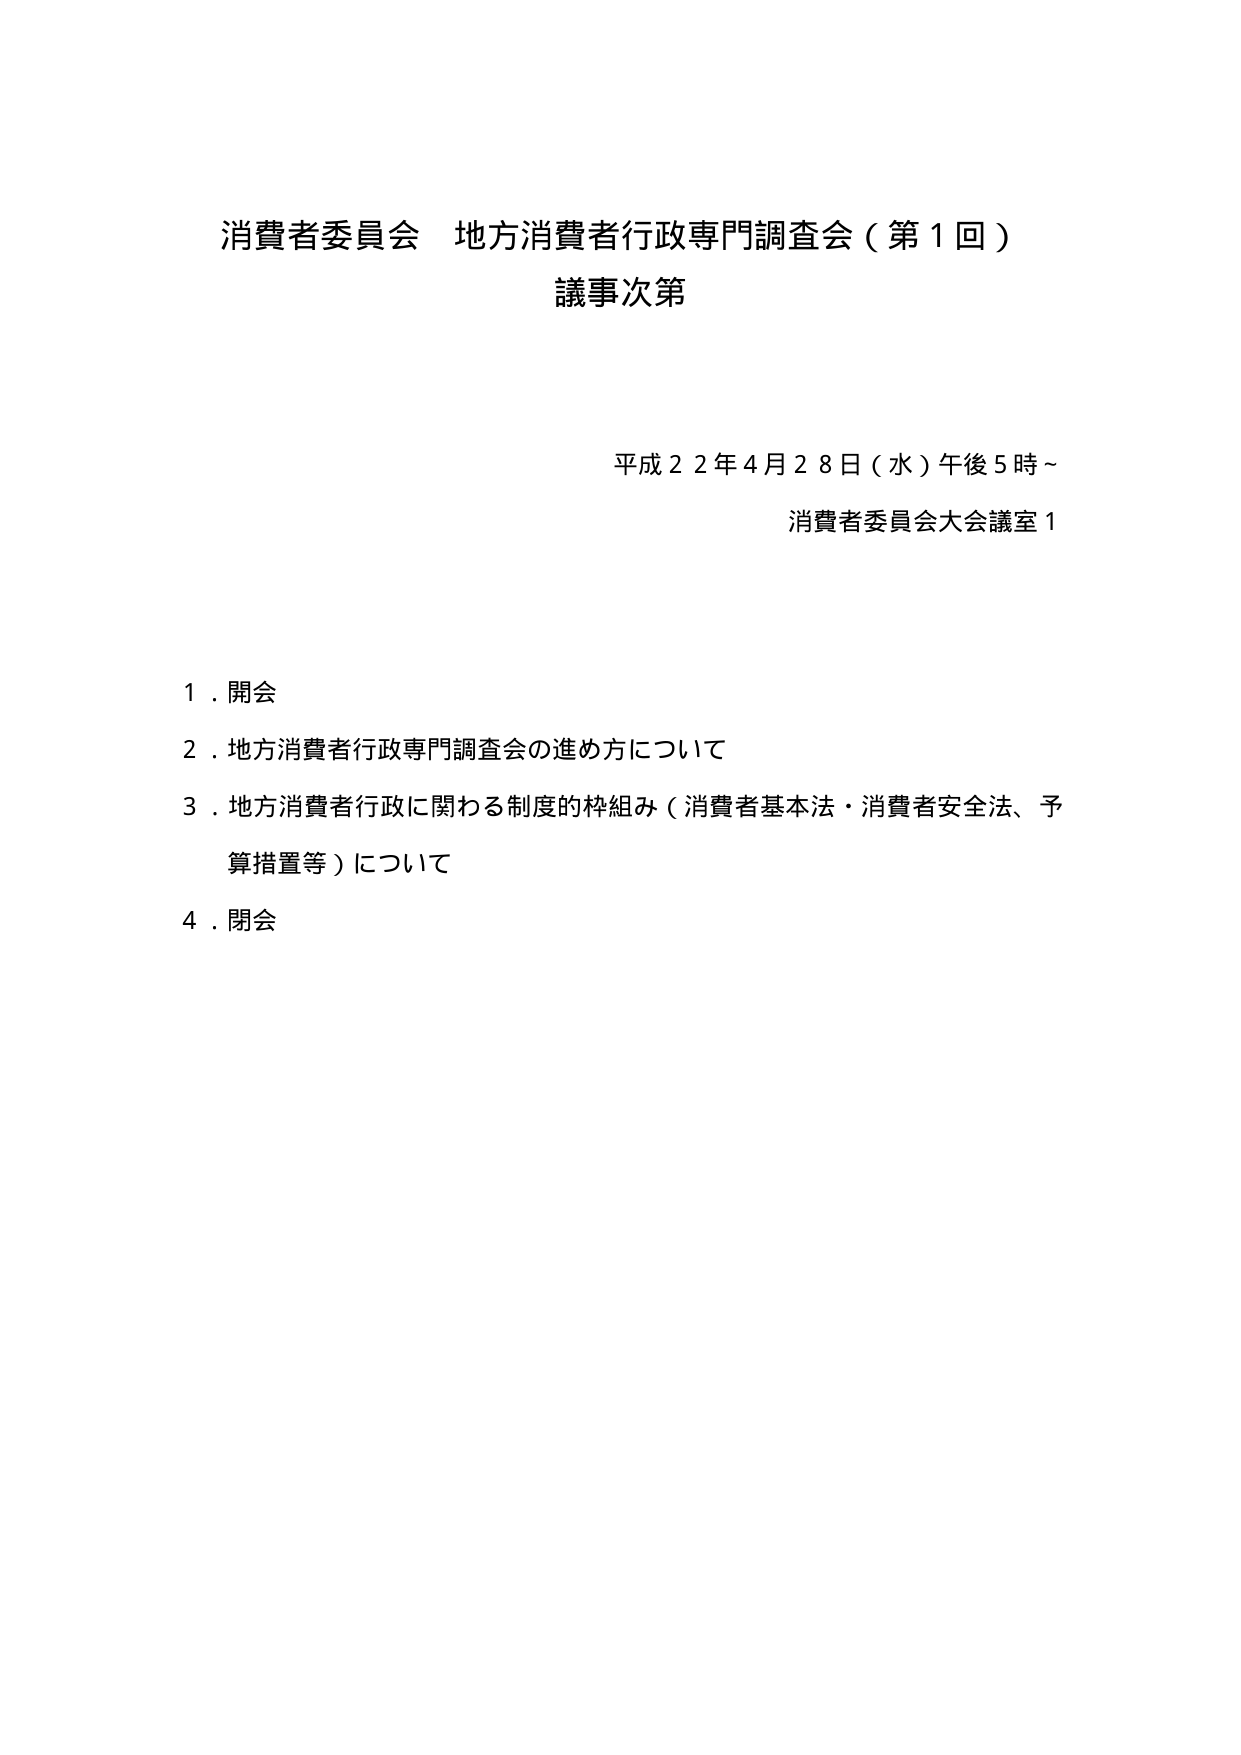
消費者委員会 地方消費者行政専門調査会（第１回）
議事次第

平成２２年４月２８日（水）午後５時～
消費者委員会大会議室１

１．開会
２．地方消費者行政専門調査会の進め方について
３．地方消費者行政に関わる制度的枠組み（消費者基本法・消費者安全法、予算措置等）について
４．閉会